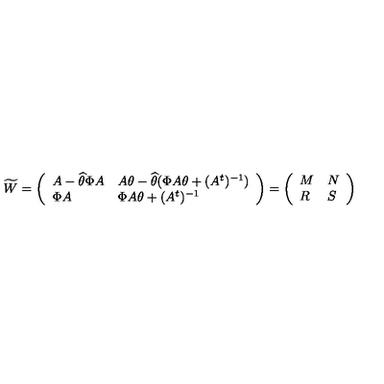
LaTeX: \widetilde { W } = \left( \begin{array} { l l } { A - \widehat { \theta } \Phi A } & { A \theta - \widehat { \theta } ( \Phi A \theta + ( A ^ { t } ) ^ { - 1 } ) } \\ { \Phi A } & { \Phi A \theta + ( A ^ { t } ) ^ { - 1 } } \\ \end{array} \right) = \left( \begin{array} { l l } { M } & { N } \\ { R } & { S } \\ \end{array} \right)